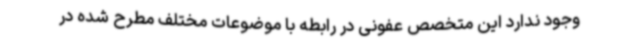
وجود ندارد این متخصص عفونی در رابطه با موضوعات مختلف مطرح شده در